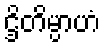
ဌိတိမ္ပာဟံ